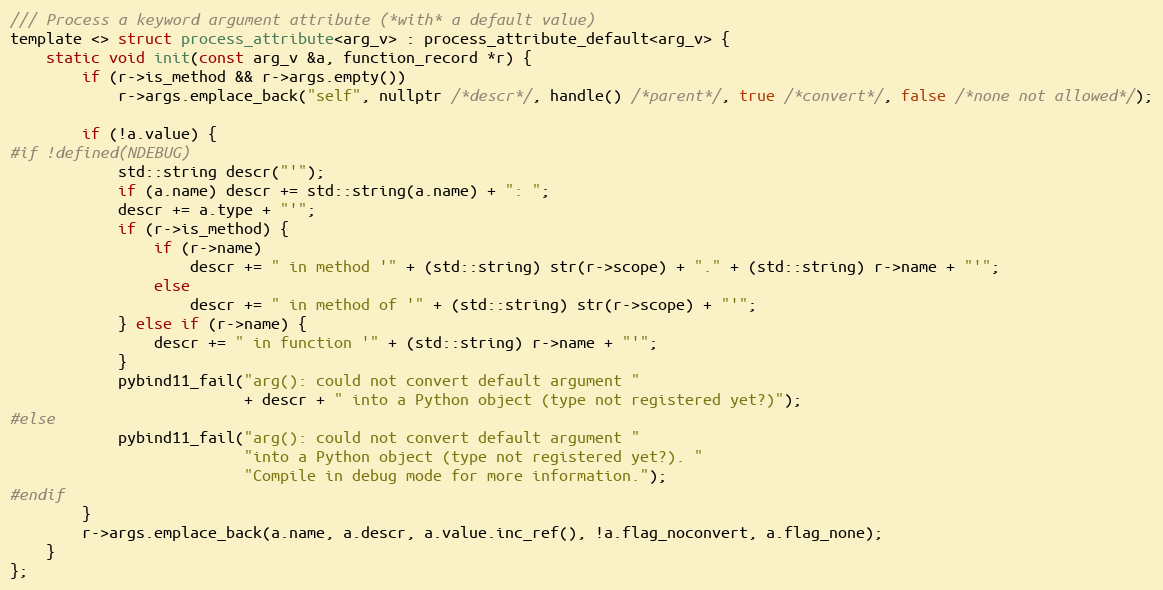
Language: C
/// Process a keyword argument attribute (*with* a default value)
template <> struct process_attribute<arg_v> : process_attribute_default<arg_v> {
    static void init(const arg_v &a, function_record *r) {
        if (r->is_method && r->args.empty())
            r->args.emplace_back("self", nullptr /*descr*/, handle() /*parent*/, true /*convert*/, false /*none not allowed*/);

        if (!a.value) {
#if !defined(NDEBUG)
            std::string descr("'");
            if (a.name) descr += std::string(a.name) + ": ";
            descr += a.type + "'";
            if (r->is_method) {
                if (r->name)
                    descr += " in method '" + (std::string) str(r->scope) + "." + (std::string) r->name + "'";
                else
                    descr += " in method of '" + (std::string) str(r->scope) + "'";
            } else if (r->name) {
                descr += " in function '" + (std::string) r->name + "'";
            }
            pybind11_fail("arg(): could not convert default argument "
                          + descr + " into a Python object (type not registered yet?)");
#else
            pybind11_fail("arg(): could not convert default argument "
                          "into a Python object (type not registered yet?). "
                          "Compile in debug mode for more information.");
#endif
        }
        r->args.emplace_back(a.name, a.descr, a.value.inc_ref(), !a.flag_noconvert, a.flag_none);
    }
};